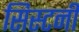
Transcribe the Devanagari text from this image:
सिस्टर्नी